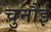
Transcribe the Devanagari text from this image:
चुनौई